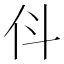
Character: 𬽫